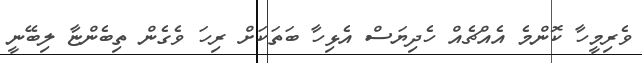
ވެރިމީހާ ކޮންމެ އެއްޗެއް ހެދިޔަސް އެޅިހާ ބަތަކަށް ރިހަ ވެގެން ތިބެންޏާ ލިބޭނީ